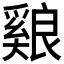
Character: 𦫑